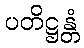
ပတိဋ္ဌန္တံ